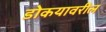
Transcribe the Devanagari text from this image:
डोकयावरील